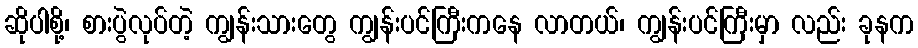
ဆိုပါစို့၊ စားပွဲလုပ်တဲ့ ကျွန်းသားတွေ ကျွန်းပင်ကြီးကနေ လာတယ်၊ ကျွန်းပင်ကြီးမှာ လည်း ခုနက